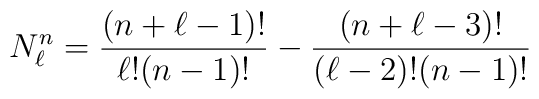
N_\ell^n = \frac{(n+\ell-1)!}{\ell!(n-1)!} -\frac{(n+\ell-3)!}{(\ell-2)!(n-1)!}